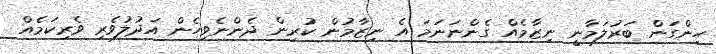
ހިންގަން ބަރުލަމާނީ ނިޒާމެއް ގެންނަނަމަ އެ ނިޒާމުން ކުރިން ދެންނެވިހެން އަދުލުވެރި ވެރިކަމެއް